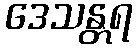
ဒေသန္တရ